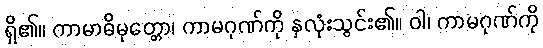
ရှိ၏။ ကာမာဓိမုတ္တော၊ ကာမဂုဏ်ကို နှလုံးသွင်း၏။ ဝါ၊ ကာမဂုဏ်ကို